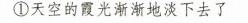
①天空的霞光渐渐地淡下去了